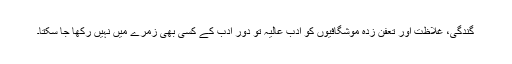
گندگی، غلاظت اور تعفن زدہ موشگافیوں کو ادب عالیہ تو دور ادب کے کسی بھی زمرے میں نہیں رکھا جا سکتا۔